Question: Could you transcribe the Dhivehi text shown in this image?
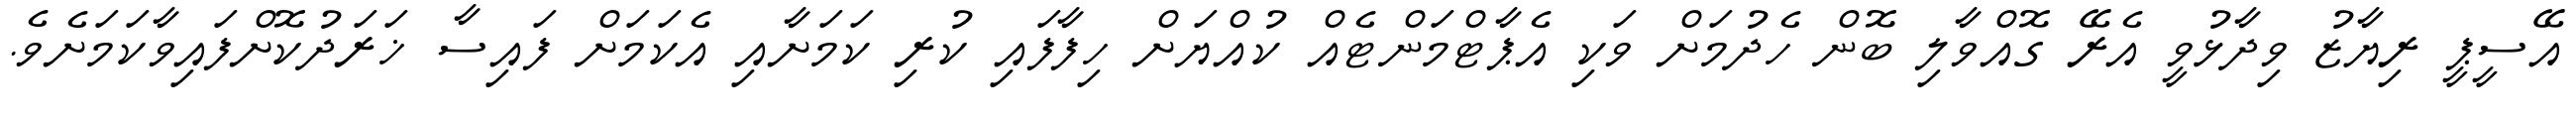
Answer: އޭސީޕީ ރިޔާޒު ވިދާޅުވީ އެރޭ ގޮއްވާލި ބޮން ހެދުމަށް ވަކި އެޕާޓްމަންޓެއް ކުއްޔަށް ހިފާފައި ކުރި ކަމަށާއި އެކަމަށް ފައިސާ ޚަރަދުކޮށްފައިވާކަމަށެވެ.